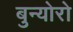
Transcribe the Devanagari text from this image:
बुन्योरो